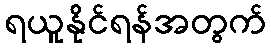
ရယူနိုင်ရန်အတွက်